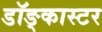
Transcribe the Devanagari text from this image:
डॉङ्कास्टर